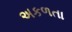
અકળતા